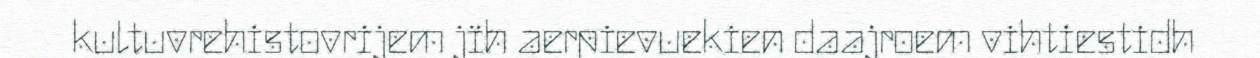
kultuvrehistovrijem jïh aerpievuekien daajroem vihtiestidh